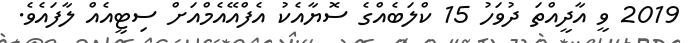
2019 ވީ އާދީއްތަ ދުވަހު 15 ކްލަބެއްގެ ސޮޔާއެކު އެފްއޭއެމްއަށް ސިޓީއެއް ލާފައެވެ.